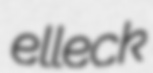
elleck